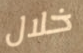
خلال